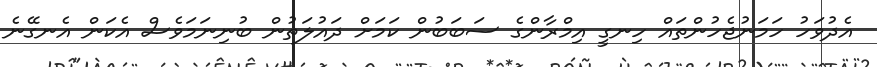
އެދުވަހު ހަމަނުޖެހުންތައް ހިނގީ އިމްރާންގެ ސަބަބުން ކަމަށް ދައުލަތުން ބުނިނަމަވެސް އެކަން އެނގޭނެ